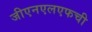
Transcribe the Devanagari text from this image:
जीएनएलएफची